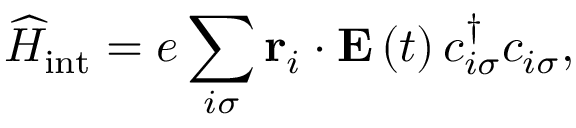
\widehat { H } _ { \mathrm { i n t } } = e \sum _ { i \sigma } \mathbf { r } _ { i } \cdot \mathbf { E } \left( t \right) c _ { i \sigma } ^ { \dagger } c _ { i \sigma } ,